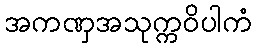
အကဏှအသုက္ကဝိပါကံ